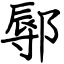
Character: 鄏